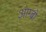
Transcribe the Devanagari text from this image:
आम्बो